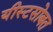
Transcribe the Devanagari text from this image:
यीस्टसोबत